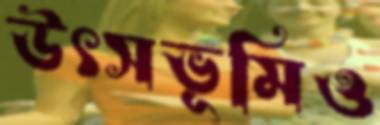
উৎসভূমিও